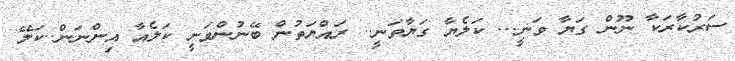
ސަރުކާރަކާ ނޫން ގަޔާ ވަނީ... ކަލެޔާ ގަޔާވަނީ.. ރައްޔަތުން ބޭނުންވަނީ ކަލެއާ އިންނަން..ކަލޭ